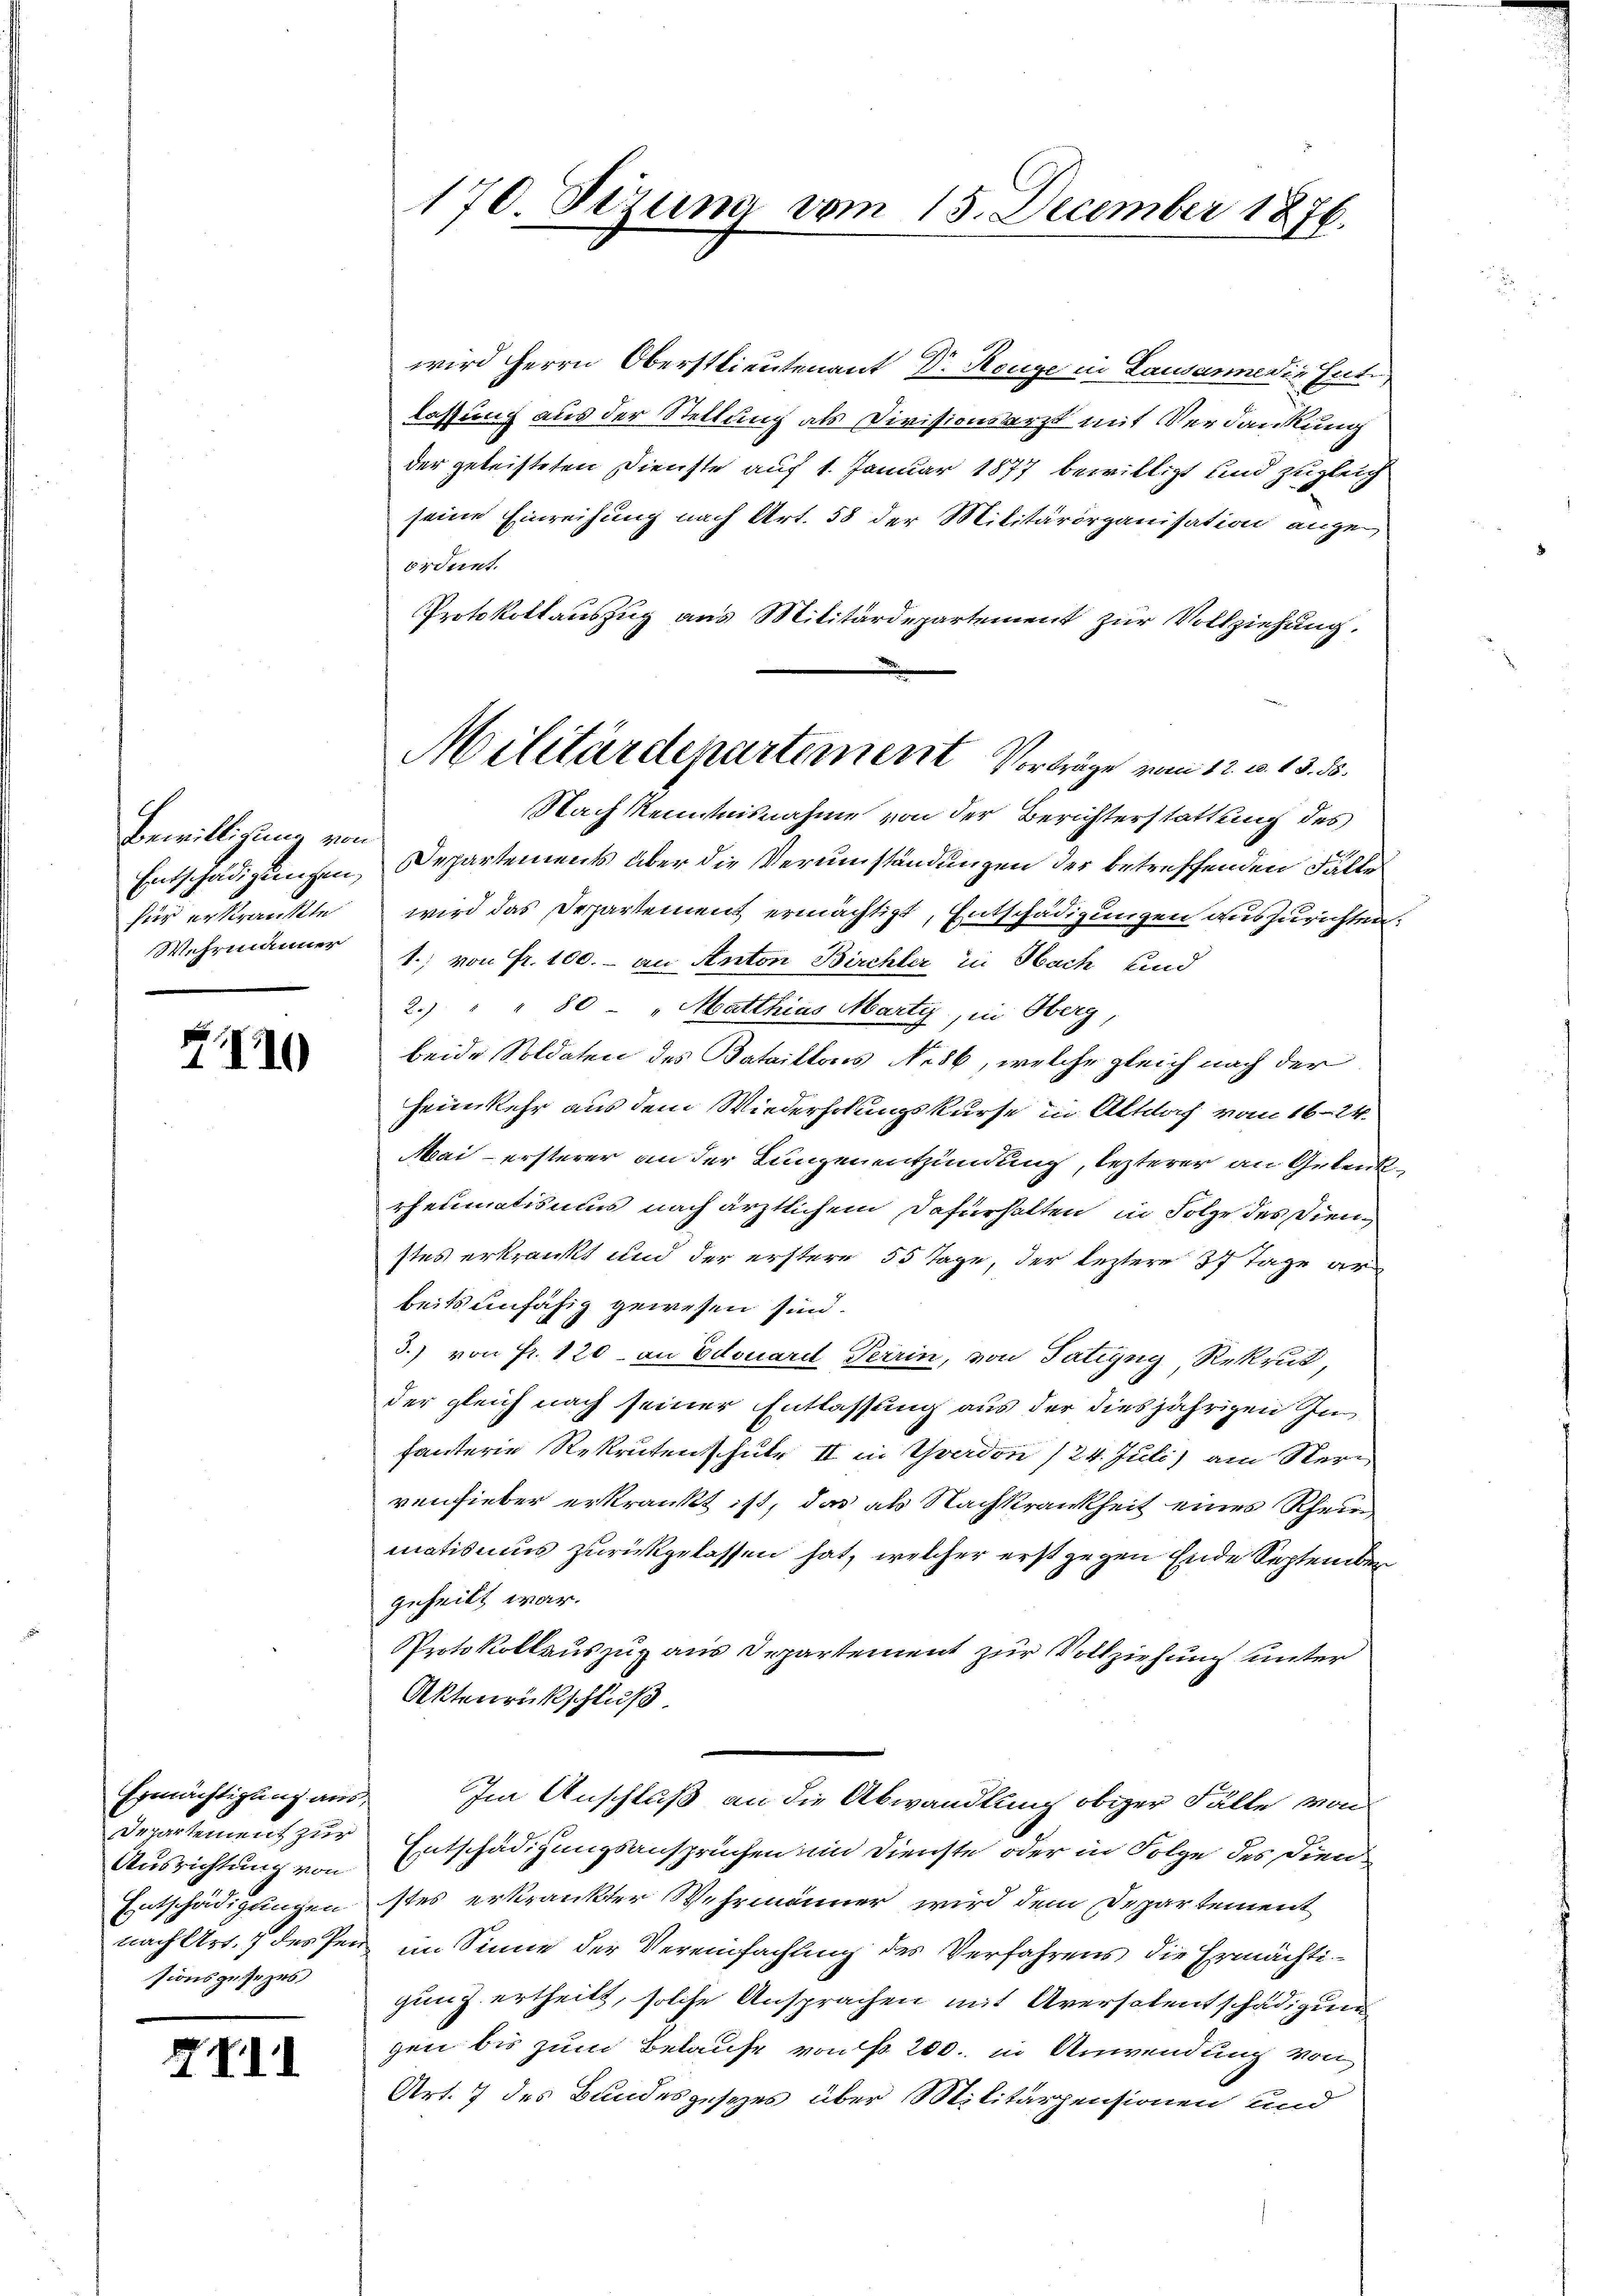
Bewilligung von
Entschädigungen,
für erkrankte
Wehrmanner

710

Ermächtigung aus,
Departement zur
Ausrichtung von
Entschädigungen
sionsgesezes

XVII

170. Sizung vom 15. December 1876.

wird Herrn Oberstlieutenant Dr. Range in Lausanne die Ent
lassung aus der Stellung als Divisionsarzt mit Verdankung
der geleisteten Dienste auf 1. Januar 1877 bewilligt und zugleich
seine Einreihung nach Art. 58 der Militärorganisation angeordent.
Protokollauszug aus Militärdepartement zur Vollziehung.
Nach Kenntnisnahme von der Berichterstattung des
Departements über die Verumständungen der betreffenden Fälle
wird das Departement ermächtigt, Entschädigungen auszurichten.
1.; von Fr. 100. an Anton Birchter in Hach sind
2.) " " 80 Matthias Marty, in Oberg,
beide Soldaten des Bataillons No 86, welche gleich nach der
Heimkehr aus dem Wiederholungskurse in Altdof vom 16. 24.
Mai ersterer an der Lungenentzündung, lezterer an Gelenkrheumatismus nach ärztlichem Dafürhalten in Folge des Dienstes erkränkt und der erstere 55 Tage, der leztere 37 Tage arbeitsunfähig gewesen sind.
3.) von Fr. 120 an Edouard Terrin, von Tätigsg, Rekrut,
der gleich nach seiner Entlassung aus der diesjährigen In
fauterie Rekruten schule II in Yverdon 124. Juli) am Vervenfieber erkrankt ist, das als Nachkrankheit eines Rhein
mationis zurückgelassen hat, welcher erst gegen Ende September
geheilt war.
Protokollauszug aus Departement zur Vollziehung unter
Aktenrückschluß
Im Anschluß an die Abwandlung obiger Fälle von
Entschädigungsansprüchen im Dienste oder in Folge des Dienstes erkrankter Wehrmänner wird dem Departement
nach Art. 7 des Pen im Sinne der Vereinfachung des Verfahrens die Ermächtigung ertheilt, solche Ansprachen mit Aversalentschädigung
gen bis zum Belaufe von No. 200. in Anwendung von
Art. 7 des Bundesgesezes über Militärzensionen und

Militärdepartement Vorträge vom 12. v. 13. 35.